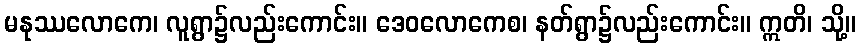
မနုဿလောကေ၊ လူရွာ၌လည်းကောင်း။ ဒေဝလောကေစ၊ နတ်ရွာ၌လည်းကောင်း။ ဣတိ၊ သို့။